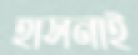
হাসনাই